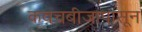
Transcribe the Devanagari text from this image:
कवचबीजापासून